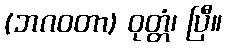
(ဘဂဝတာ) ဝုတ္တံ၊ ပြီ။